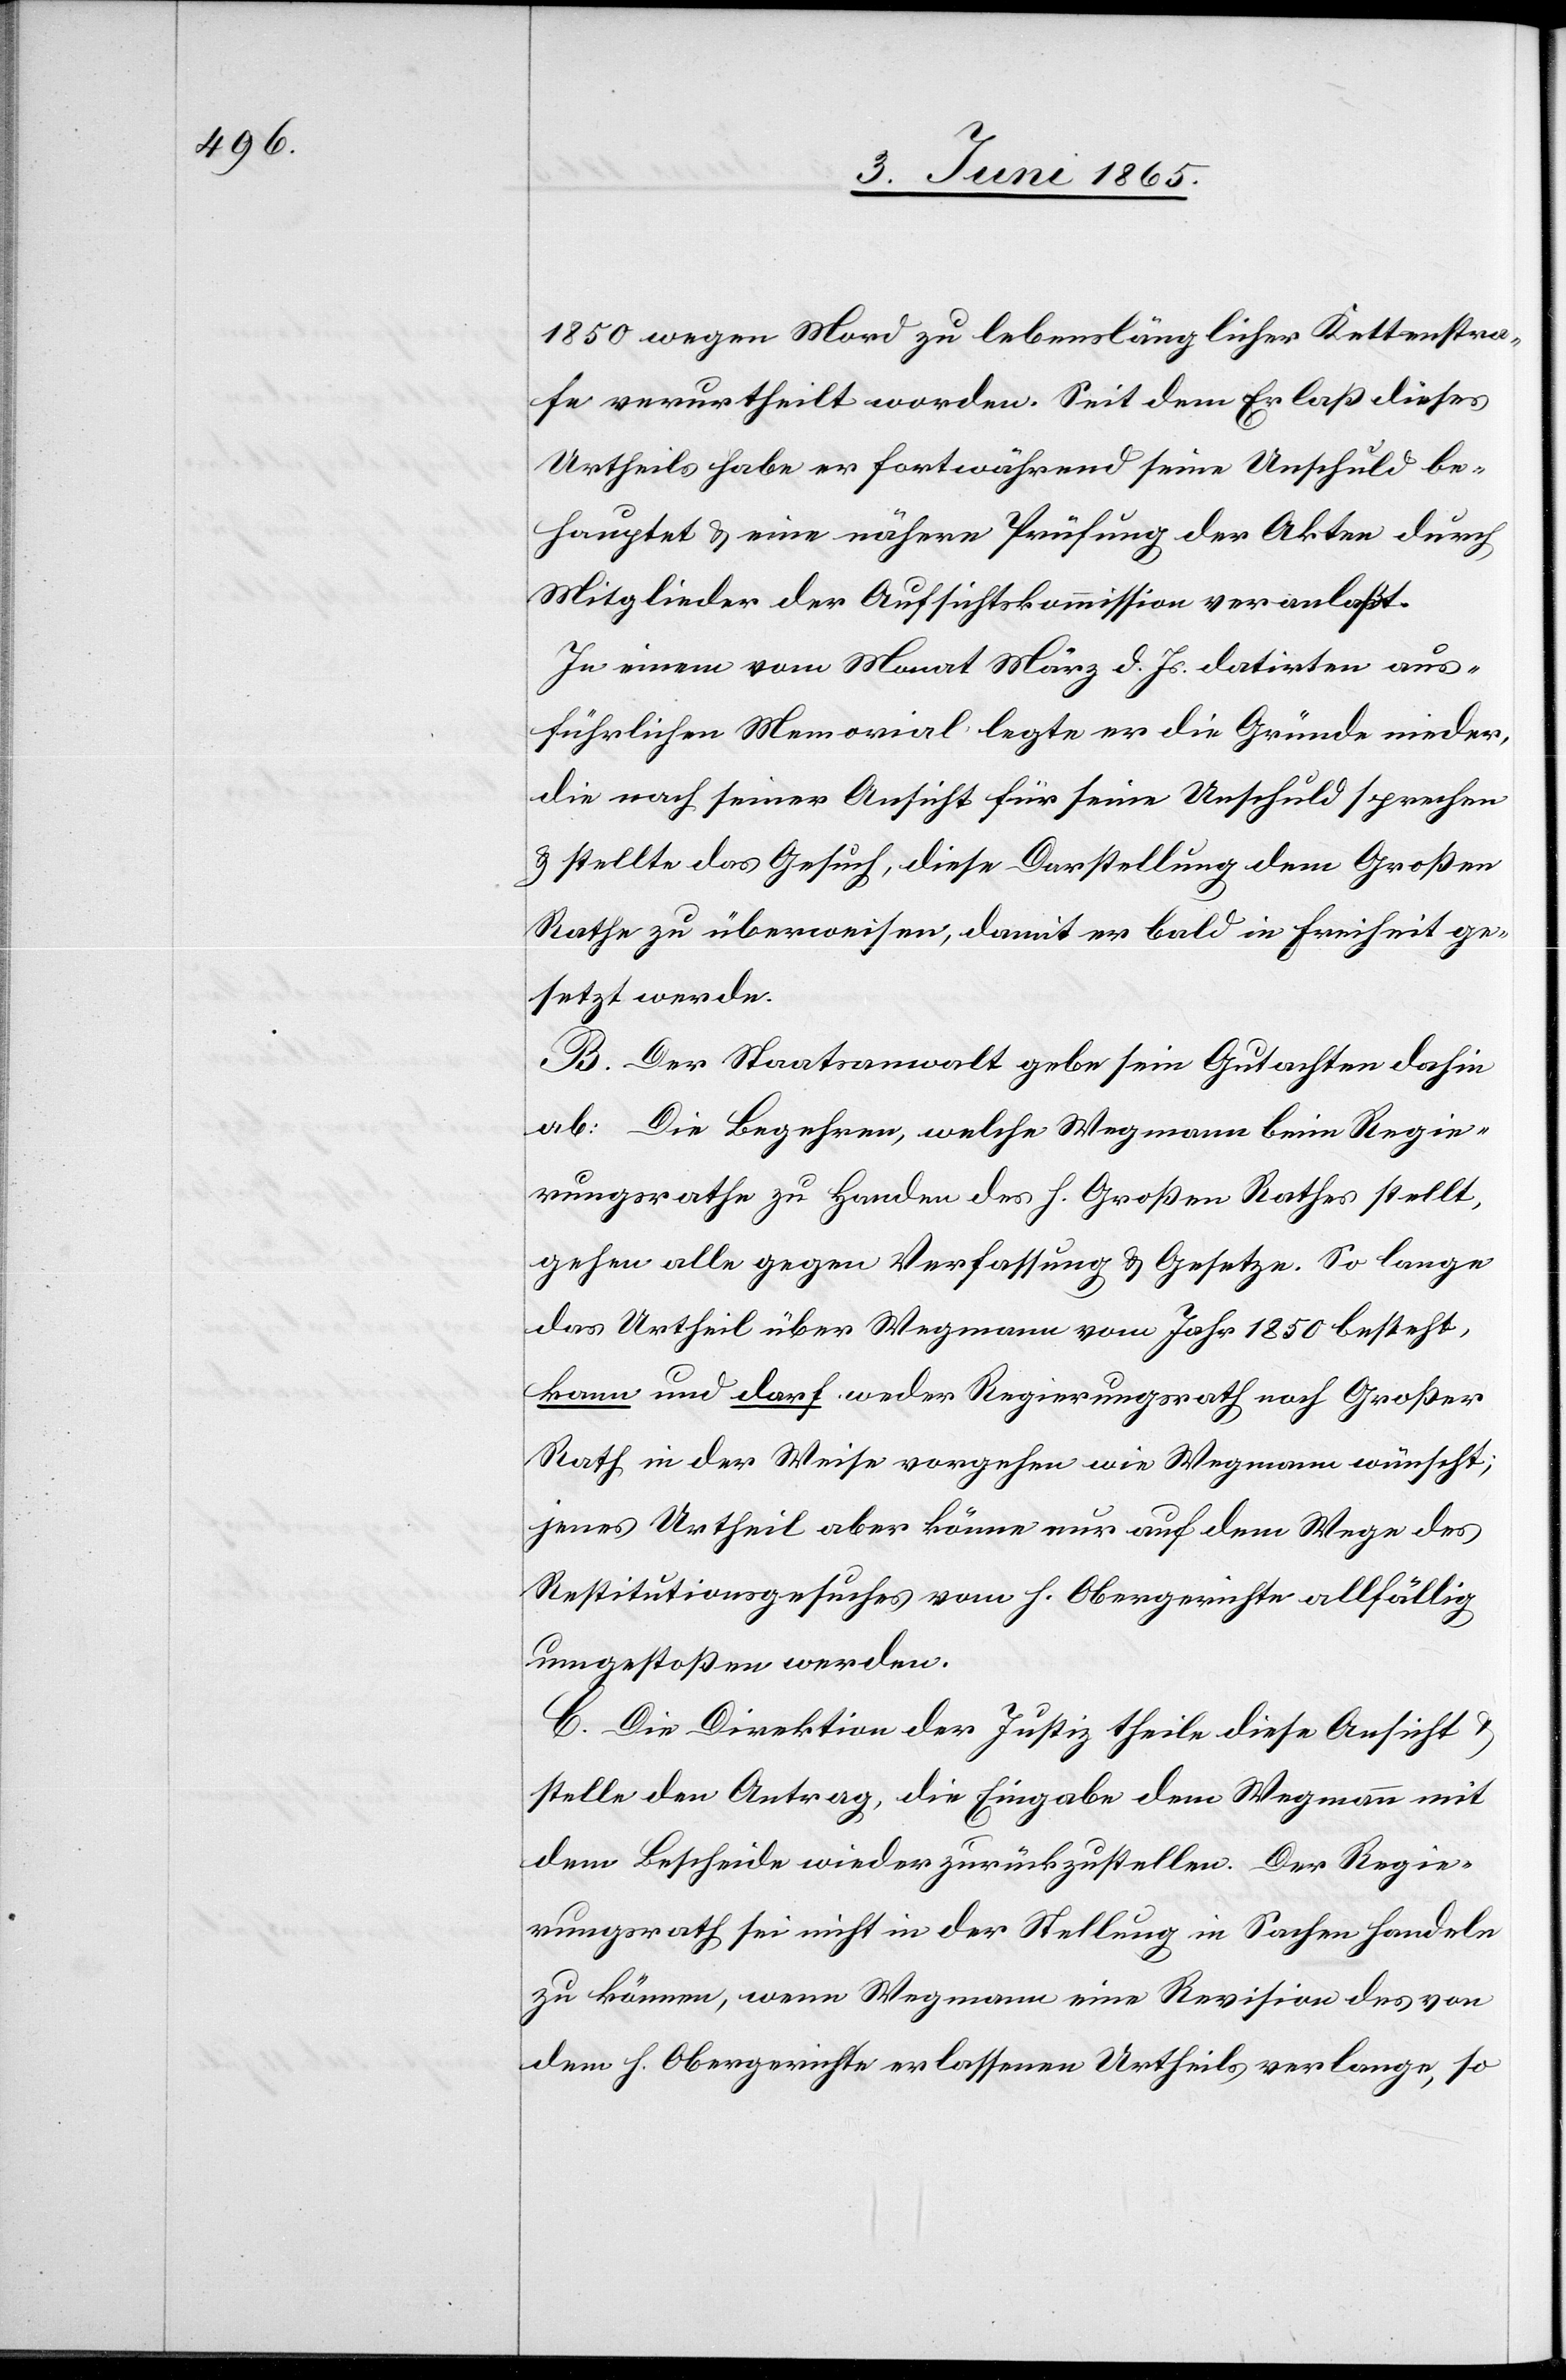
1850 wegen Mord zu lebenslänglicher Kettenstra¬
fe verurtheilt worden. Seit dem Erlaß dieses
Urtheils habe er fortwährend seine Unschuld be¬
hauptet & eine nähere Prüfung der Akten durch
Mitglieder der Aufsichtskommission veranlaßt.
In einem vom Monat März d. Js. datirten aus¬
führlichen Memorial legte er die Gründe nieder,
die nach seiner Ansicht für seine Unschuld sprechen
& stellte das Gesuch, diese Darstellung dem Großen
Rathe zu überweisen, damit er bald in Freiheit ge¬
setzt werde.
B. Der Staatsanwalt gebe sein Gutachten dahin
ab: Die Begehren, welche Wegmann beim Regie¬
rungsrathe zu Handen des h. Großen Rathes stellt,
gehen alle gegen Verfassung & Gesetze. So lange
das Urtheil über Wegmann vom Jahr 1850 besteht,
kann und darf weder Regierungsrath nach Großer
Rath in der Weise vorgehen wie Wegmann wünscht;
jenes Urtheil aber könne nur auf dem Wege des
Restitutionsgesuches vom h. Obergerichte allfällig
umgestoßen werden.
C. Die Direktion der Justiz theile diese Ansicht
stelle den Antrag, die Eingabe dem Wegmann mit
dem Bescheide wieder zurückzustellen. Der Regie¬
rungsrath sei nicht in der Stellung in Sachen handeln
zu können, wenn Wegmann eine Revision des von
dem h. Obergerichte erlassenen Urtheils verlange, so